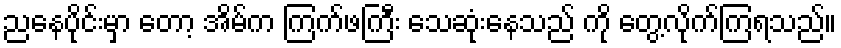
ညနေပိုင်းမှာ တော့ အိမ်က ကြက်ဖကြီး သေဆုံးနေသည် ကို တွေ့လိုက်ကြရသည်။